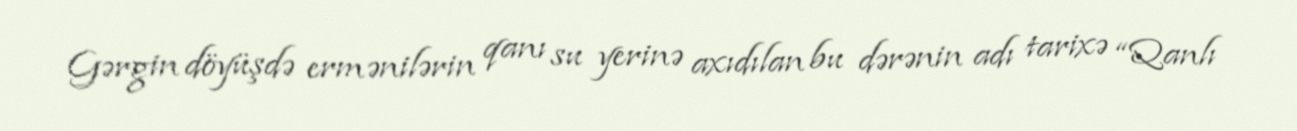
Gərgin döyüşdə ermənilərin qanı su yerinə axıdılan bu dərənin adı tarixə “Qanlı